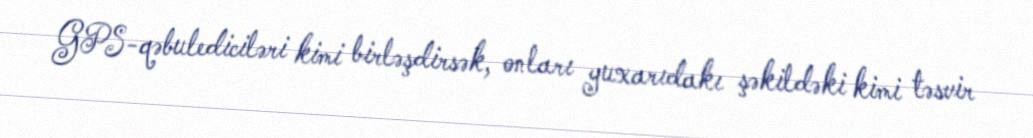
GPS-qəbulediciləri kimi birləşdirsək, onları yuxarıdakı şəkildəki kimi təsvir